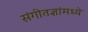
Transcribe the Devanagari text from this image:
संगीतज्ञांमध्ये